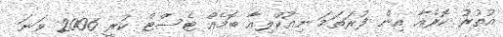
އުތުރު ކޮރެއާ އިން ފުރަތަމަ ނިއުކްލިއާ ބޮމެއް ޓެސްޓް ކުރީ 2006 ވަނަ